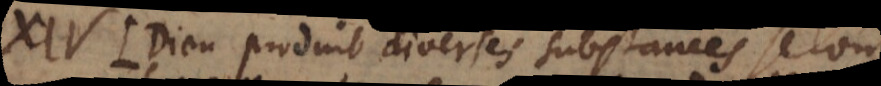
Dieu produit diverses substances selon